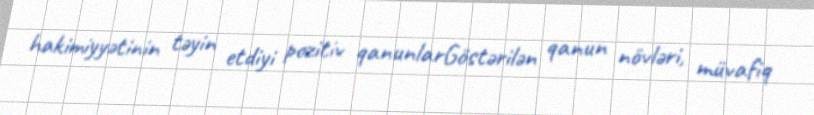
hakimiyyətinin təyin etdiyi pozitiv qanunlarGöstərilən qanun növləri, müvafiq